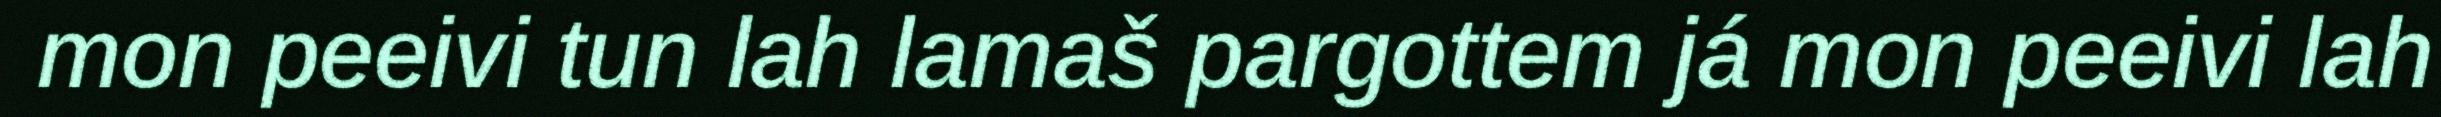
mon peeivi tun lah lamaš pargottem já mon peeivi lah